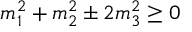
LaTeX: m _ { 1 } ^ { 2 } + m _ { 2 } ^ { 2 } \pm 2 m _ { 3 } ^ { 2 } \geq 0